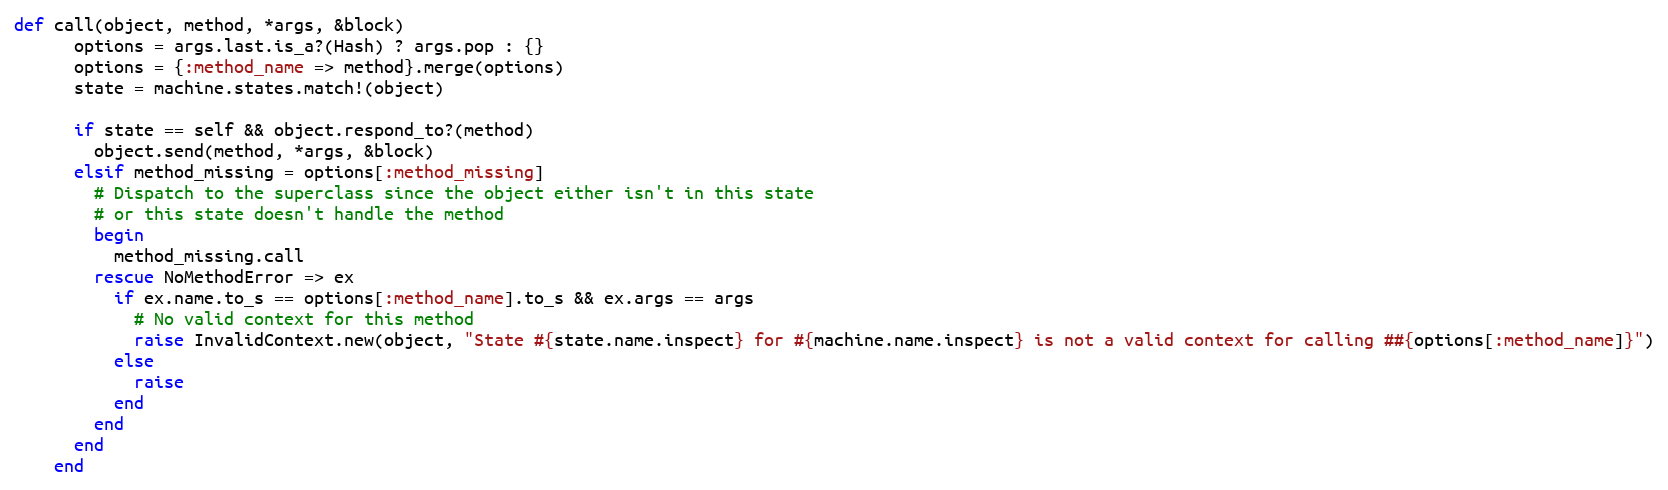
Language: Ruby
def call(object, method, *args, &block)
      options = args.last.is_a?(Hash) ? args.pop : {}
      options = {:method_name => method}.merge(options)
      state = machine.states.match!(object)

      if state == self && object.respond_to?(method)
        object.send(method, *args, &block)
      elsif method_missing = options[:method_missing]
        # Dispatch to the superclass since the object either isn't in this state
        # or this state doesn't handle the method
        begin
          method_missing.call
        rescue NoMethodError => ex
          if ex.name.to_s == options[:method_name].to_s && ex.args == args
            # No valid context for this method
            raise InvalidContext.new(object, "State #{state.name.inspect} for #{machine.name.inspect} is not a valid context for calling ##{options[:method_name]}")
          else
            raise
          end
        end
      end
    end